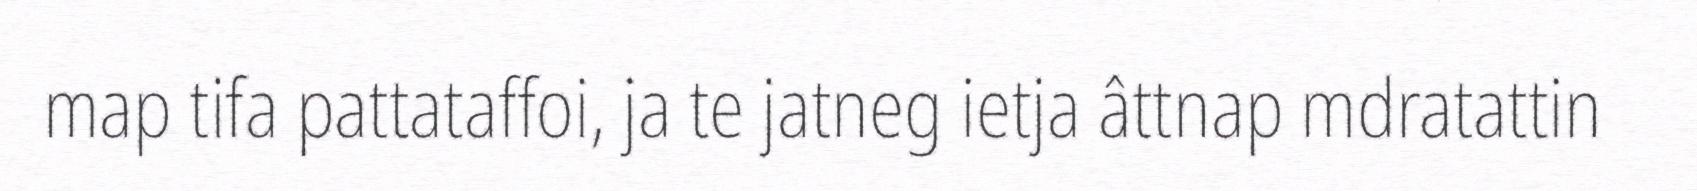
map tifa pattataffoi, ja te jatneg ietja âttnap mdratattin